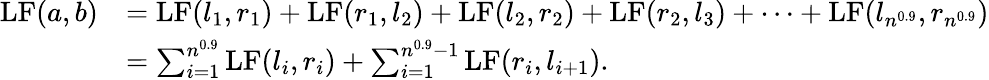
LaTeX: \begin{array}{rl}{\mathrm{LF}(a,b)}&{=\mathrm{LF}(l_{1},r_{1})+\mathrm{LF}(r_{1},l_{2})+\mathrm{LF}(l_{2},r_{2})+\mathrm{LF}(r_{2},l_{3})+\cdots+\mathrm{LF}(l_{n^{0.9}},r_{n^{0.9}})}\\ &{=\sum_{i=1}^{n^{0.9}}\mathrm{LF}(l_{i},r_{i})+\sum_{i=1}^{n^{0.9}-1}\mathrm{LF}(r_{i},l_{i+1}).}\end{array}